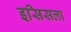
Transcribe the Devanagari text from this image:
इसिसला